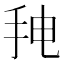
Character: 𰓒